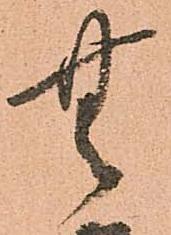
無